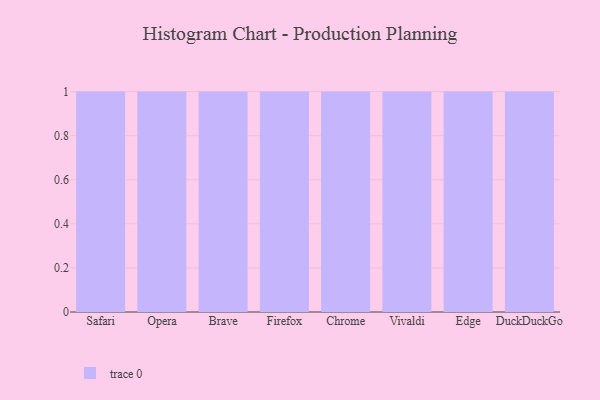
{"axis": {"x": "Browser", "y": "Revenue (USD Million)"}, "legend": [""], "data": [{"x": "Safari", "y": 84, "type": ""}, {"x": "Opera", "y": 24, "type": ""}, {"x": "Brave", "y": 3, "type": ""}, {"x": "Firefox", "y": 93, "type": ""}, {"x": "Chrome", "y": 83, "type": ""}, {"x": "Vivaldi", "y": 60, "type": ""}, {"x": "Edge", "y": 51, "type": ""}, {"x": "DuckDuckGo", "y": 90, "type": ""}]}